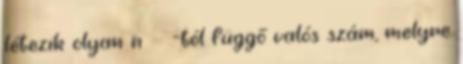
létezik olyan n ε ε-tól függő valós szám, melyre